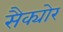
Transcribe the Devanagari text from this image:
सैक्योर